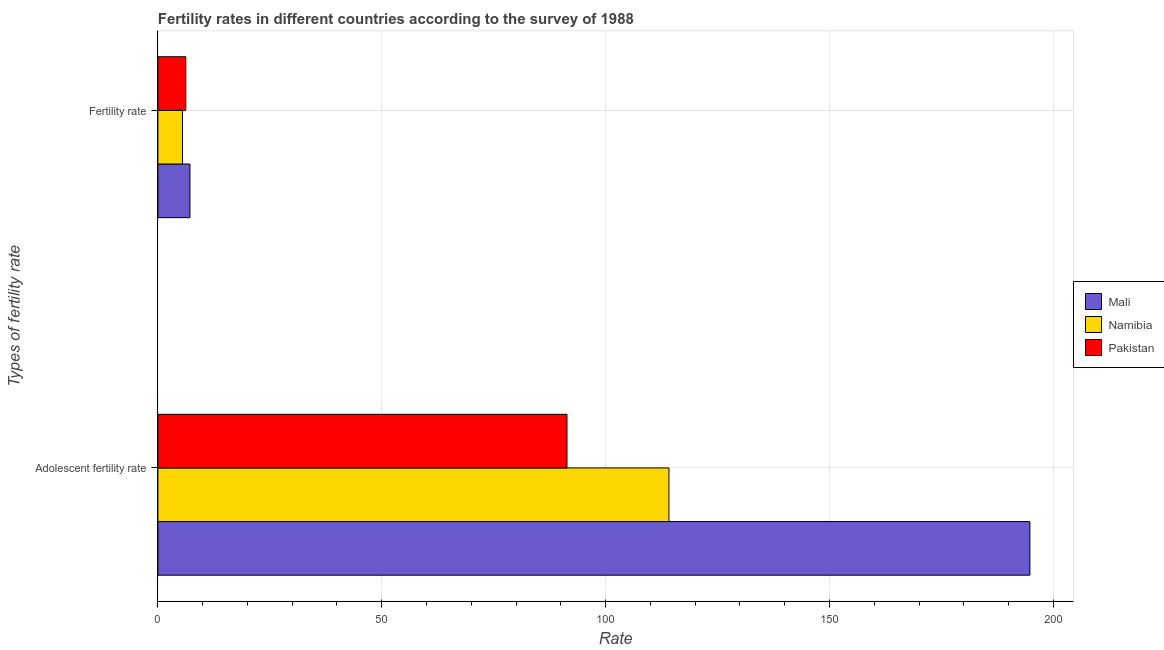
| Types of fertility rate | Mali | Namibia | Pakistan |
 | --- | --- | --- | --- |
 | Adolescent fertility rate | 195 | 114 | 91.4 |
 | Fertility rate | 7.16 | 5.49 | 6.23 |